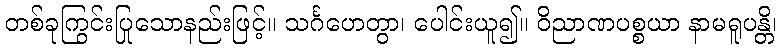
တစ်ခုကြွင်းပြုသောနည်းဖြင့်။ သင်္ဂဟေတွာ၊ ပေါင်းယူ၍။ ဝိညာဏပစ္စယာ နာမရူပန္တိ၊